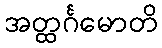
အတ္ထင်္ဂမောတိ